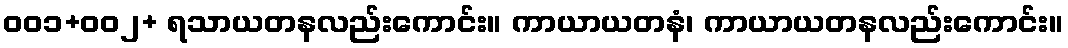
ဝဝ၁+ဝဝ၂+ ရသာယတနလည်းကောင်း။ ကာယာယတနံ၊ ကာယာယတနလည်းကောင်း။